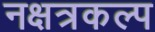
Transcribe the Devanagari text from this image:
नक्षत्रकल्प